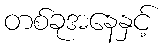
တစ်ခုအနေနှင့်